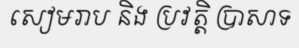
សៀមរាប និង ប្រវត្តិ ប្រាសាទ